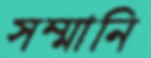
সম্মানি